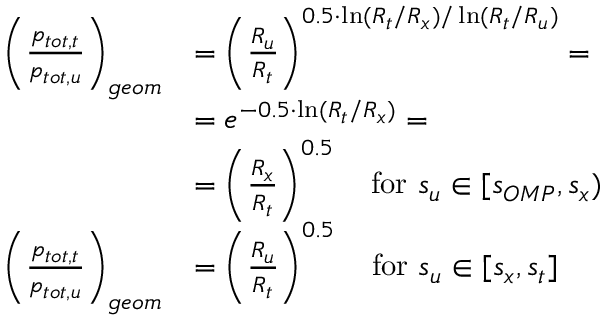
\begin{array} { r l } { \left( \frac { p _ { t o t , t } } { p _ { t o t , u } } \right) _ { g e o m } } & { = \left( \frac { R _ { u } } { R _ { t } } \right) ^ { 0 . 5 \cdot \ln ( R _ { t } / R _ { x } ) / \ln ( R _ { t } / R _ { u } ) } = } \\ { ~ } & { = e ^ { - 0 . 5 \cdot \ln ( R _ { t } / R _ { x } ) } = } \\ { ~ } & { = \left( \frac { R _ { x } } { R _ { t } } \right) ^ { 0 . 5 } ~ ~ \mathrm { ~ f o r ~ } s _ { u } \in [ s _ { O M P } , s _ { x } ) } \\ { \left( \frac { p _ { t o t , t } } { p _ { t o t , u } } \right) _ { g e o m } } & { = \left( \frac { R _ { u } } { R _ { t } } \right) ^ { 0 . 5 } ~ ~ \mathrm { ~ f o r ~ } s _ { u } \in [ s _ { x } , s _ { t } ] } \end{array}